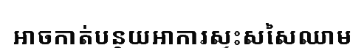
អាចកាត់បន្ថយអាការស្ទះសសៃឈាម